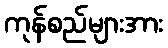
ကုန်စည်များအား